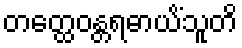
တတ္ထေဝန္တရဓာယိံသူတိ